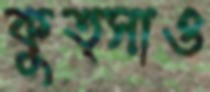
কুত্সাও